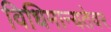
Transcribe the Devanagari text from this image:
विधिमान्यतेवर